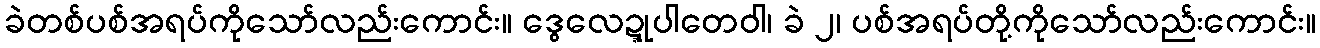
ခဲတစ်ပစ်အရပ်ကိုသော်လည်းကောင်း။ ဒွေလေဍ္ဍုပါတေဝါ၊ ခဲ ၂၊ ပစ်အရပ်တို့ကိုသော်လည်းကောင်း။